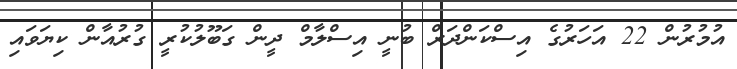
އުމުރުން 22 އަހަރުގެ އިސްކަންދަރް ބުނީ އިސްލާމް ދީން ގަބޫލުކުރީ ގުރުއާން ކިޔަވައި